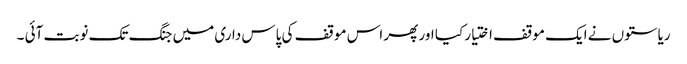
ریاستوں نے ایک موقف اختیار کیا اور پھر اس موقف کی پاس داری میں جنگ تک نوبت آئی ۔